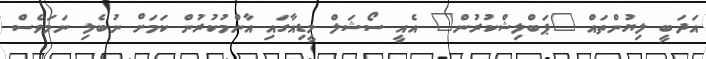
އަދަބީ ލިޔުންތައް "ޕަބްލިޝްކުރުން" އެއީ ސޯޝަލް މީޑިއާގައި އާންމުކުރުން ކަމަށް ނުބެލި ނަމަވެސް